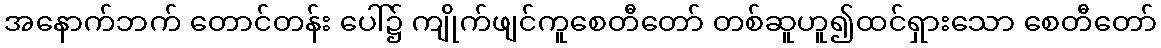
အနောက်ဘက် တောင်တန်း ပေါ်၌ ကျိုက်ဖျင်ကူစေတီတော် တစ်ဆူဟူ၍ထင်ရှားသော စေတီတော်